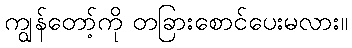
ကျွန်တော့်ကို တခြားစောင်ပေးမလား။